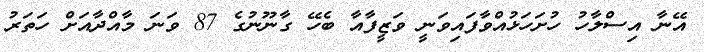
އޭނާ އިސްލާހު ހުށަހަޅުއްވާފައިވަނީ ވަޒީފާއާ ބެހޭ ގާނޫނުގެ 87 ވަނަ މާއްދާއަށް ހަތަރު